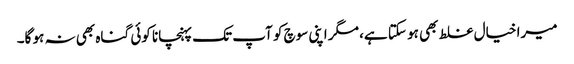
میرا خیال غلط بھی ہو سکتا ہے، مگر اپنی سوچ کو آپ تک پہنچانا کوئی گناہ بھی نہ ہو گا۔